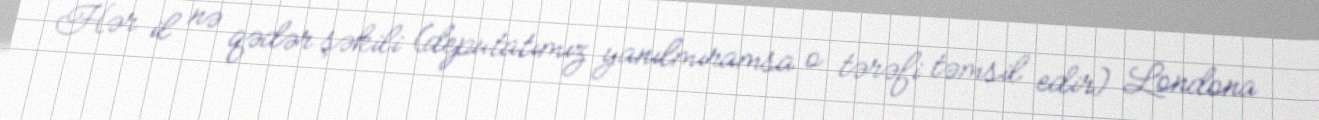
Hər il nə qədər şəkili (deputatımız yanılmıramsa o tərəfi təmsil edir) Londona